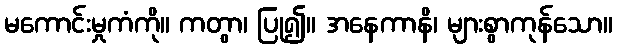
မကောင်းမှုကံကို။ ကတွာ၊ ပြု၍။ အနေကာနိ၊ များစွာကုန်သော။